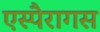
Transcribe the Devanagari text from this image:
एस्पैरागस